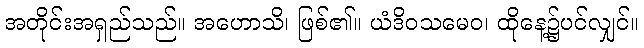
အတိုင်းအရှည်သည်။ အဟောသိ၊ ဖြစ်၏။ ယံဒိဝသမေဝ၊ ထိုနေ့၌ပင်လျှင်။